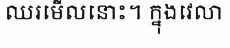
ឈរមើលនោះ។ ក្នុងវេលា